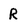
Character: R